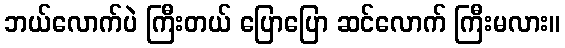
ဘယ်လောက်ပဲ ကြီးတယ် ပြောပြော ဆင်လောက် ကြီးမလား။